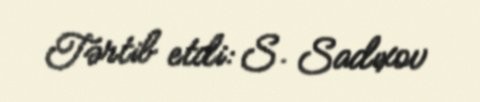
Tərtib etdi: S. Sadıxov